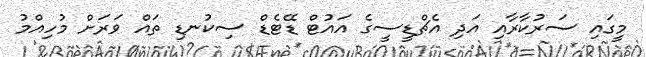
މީގައި ސަރުކާރާއި އަދި އެޗްޑީސީގެ އައުޓް ޑޭޓެޑް ސިކުނޑި ތައް ވަރަށް މުހިއްމު